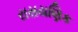
રાસયણિક